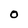
Character: 0